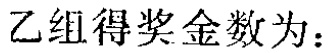
乙组得奖金数为：